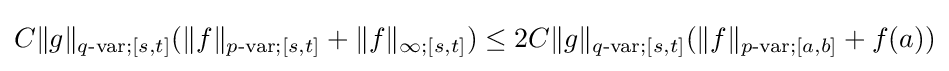
C\|g\|_{q{\text{-var}};[s,t]}(\|f\|_{p{\text{-var}};[s,t]}+\|f\|_{\infty ;[s,t]})\leq 2C\|g\|_{q{\text{-var}};[s,t]}(\|f\|_{p{\text{-var}};[a,b]}+f(a))